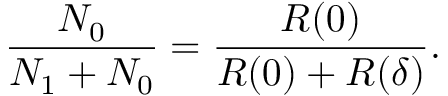
\frac { N _ { 0 } } { N _ { 1 } + N _ { 0 } } = \frac { R ( 0 ) } { R ( 0 ) + R ( \delta ) } .